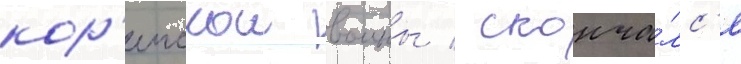
кор'еискои воины / сконча́лс'я